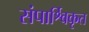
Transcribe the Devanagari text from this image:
संपार्श्विकृत